Document type: Sale
Year: 1275
Scribe: Salvador de Baiona
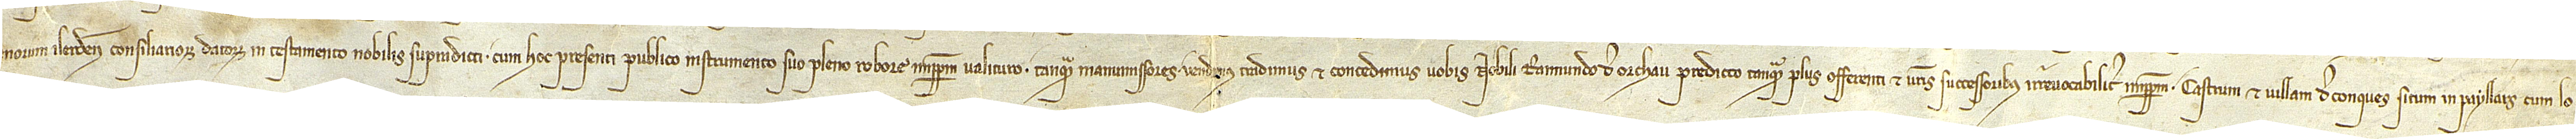
morum Ilerdensis, consiliarorum datorum in testamento nobilis supradicti, cum hoc presenti publico instrumento, suo pleno robore imperpetuum valituro, tanquam manumissores vendimus, tradimus et concedimus vobis nobili Raimundo de Orchau predicto, tanquam plus offerenti, et vestris successoribus irrevocabiliter imperpetuum castrum et villam de Conques, situm in Payllars, cum lo-